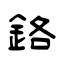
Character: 鉻